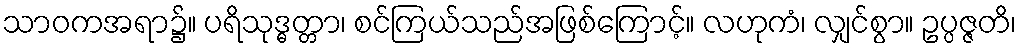
သာဝကအရာ၌။ ပရိသုဒ္ဓတ္တာ၊ စင်ကြယ်သည်အဖြစ်ကြောင့်။ လဟုကံ၊ လျှင်စွာ။ ဥပ္ပဇ္ဇတိ၊